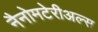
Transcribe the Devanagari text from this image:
नैनोमटेरीअल्स